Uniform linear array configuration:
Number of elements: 12
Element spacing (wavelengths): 0.75
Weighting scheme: exponential
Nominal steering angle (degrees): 15
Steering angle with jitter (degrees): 13.377
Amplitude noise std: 0.05
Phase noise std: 0.05

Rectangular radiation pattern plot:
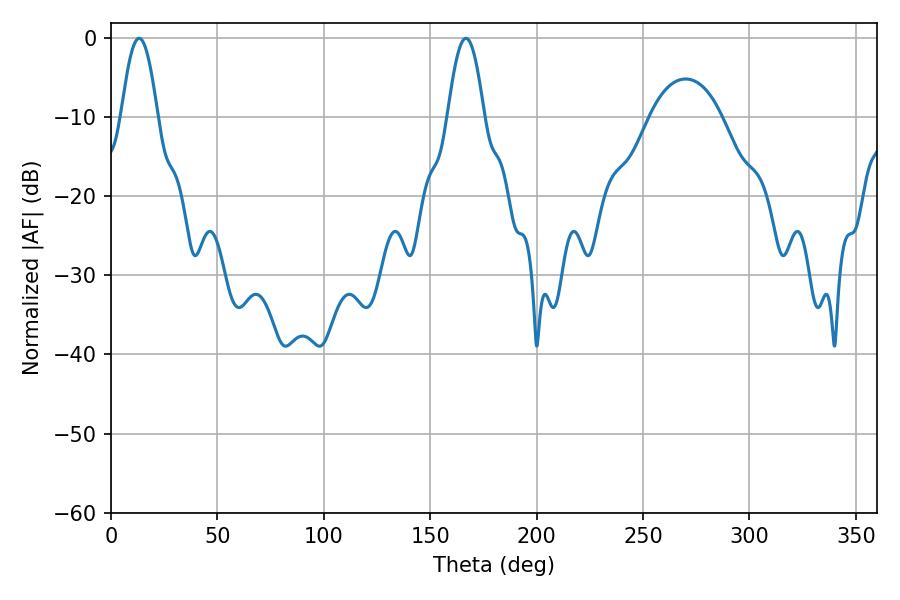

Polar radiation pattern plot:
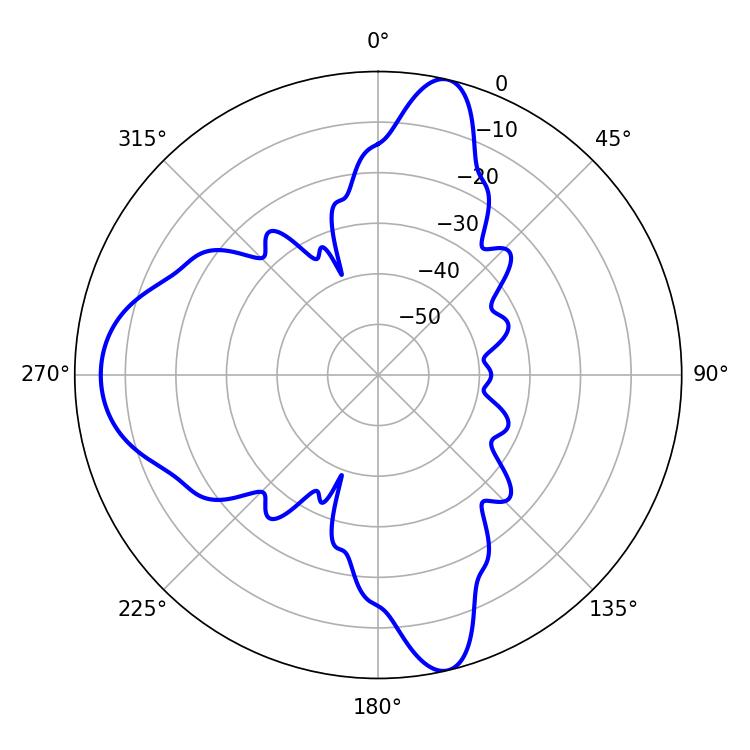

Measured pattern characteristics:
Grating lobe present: TRUE
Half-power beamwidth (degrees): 9.18
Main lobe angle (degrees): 13.14